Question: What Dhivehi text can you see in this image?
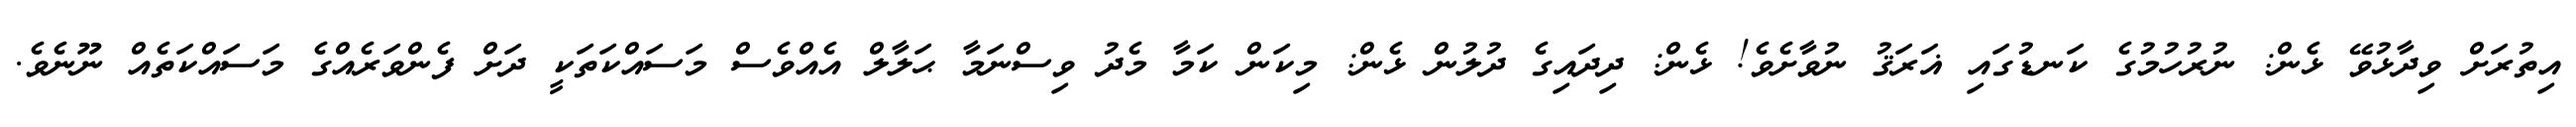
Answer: އިތުރަށް ވިދާޅުވޭ ޅެން: ނުރުހުމުގެ ކަނޑުގައި ޣަރަޤު ނުވާށެވެ! ޅެން: ދިދައިގެ ދުލުން ޅެން: މިކަން ކަމާ މެދު ވިސްނަމާ ޙަލާލް އެއްވެސް މަސައްކަތަކީ ދަށް ފެންވަރެއްގެ މަސައްކަތެއް ނޫނެވެ.